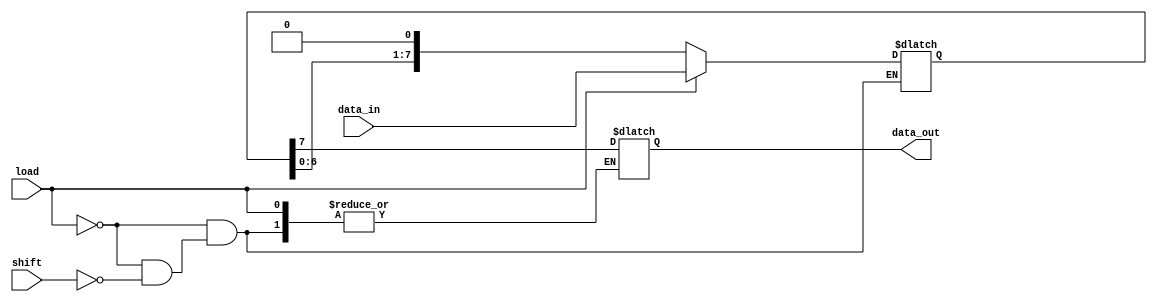
module PISO_Register #(
    parameter N = 8  // Width of the register
) (
    input wire [N-1:0] data_in,  // Parallel input data
    input wire load,              // Load control signal (active high)
    input wire shift,             // Shift control signal (active high)
    output reg data_out           // Serial output data
);

    reg [N-1:0] shift_reg;        // Shift register to hold data

    // Asynchronous loading and shifting
    always @(*) begin
        // Load operation
        if (load) begin
            shift_reg = data_in;   // Load the parallel input data
        end
        // Shift operation
        else if (shift) begin
            data_out = shift_reg[N-1]; // Output the MSB (leftmost bit)
            shift_reg = {shift_reg[N-2:0], 1'b0}; // Shift left, zero-fill LSB
        end
        // If neither load nor shift is active, hold the current state
    end

endmodule